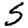
Digit: 5